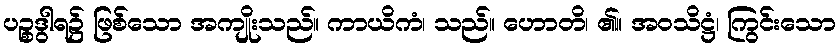
ပဉ္စဒွါရ၌ ဖြစ်သော အကျိုးသည်။ ကာယိကံ၊ သည်။ ဟောတိ၊ ၏။ အဝသိဋ္ဌံ၊ ကြွင်းသော